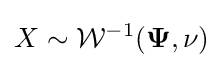
X\sim {\mathcal {W}}^{-1}(\mathbf {\Psi } ,\nu )